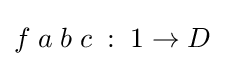
f\;a\;b\;c\;:\;1\to D